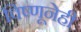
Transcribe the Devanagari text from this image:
विष्णूनेही